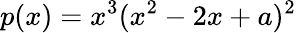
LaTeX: p(x)=x^{3}(x^{2}-2x+a)^{2}